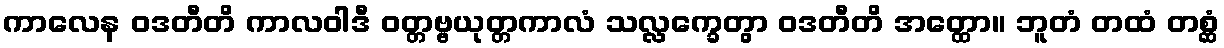
ကာလေန ဝဒတီတိ ကာလဝါဒီ ဝတ္တဗ္ဗယုတ္တကာလံ သလ္လက္ခေတွာ ဝဒတီတိ အတ္ထော။ ဘူတံ တထံ တစ္ဆံ